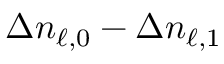
\Delta n _ { \ell , 0 } - \Delta n _ { \ell , 1 }